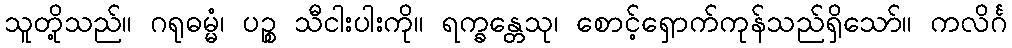
သူတို့သည်။ ဂရုဓမ္မံ၊ ပဉ္စ သီငါးပါးကို။ ရက္ခန္တေသု၊ စောင့်ရှောက်ကုန်သည်ရှိသော်။ ကလိင်္ဂ